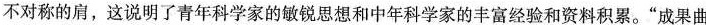
不对称的肩，这说明了青年科学家的敏锐思想和中年科学家的丰富经验和资料积累。”成果曲